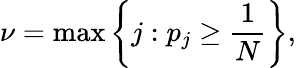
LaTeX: \nu=\operatorname*{max}\left\{ j:p_{j}\ge\frac{1}{N}\right\} ,